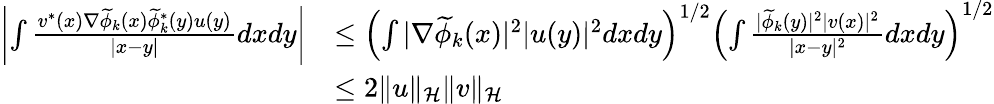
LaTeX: \begin{array}{rl}{\left|\int\frac{v^{*}(x)\nabla\widetilde{\phi}_{k}(x)\widetilde{\phi}_{k}^{*}(y)u(y)}{|x-y|}dxdy\right|}&{\leq\left(\int|\nabla\widetilde{\phi}_{k}(x)|^{2}|u(y)|^{2}dxdy\right)^{1/2}\left(\int\frac{|\widetilde{\phi}_{k}(y)|^{2}|v(x)|^{2}}{|x-y|^{2}}dxdy\right)^{1/2}}\\ &{\leq 2\| u\| _{\mathcal{H}}\| v\| _{\mathcal{H}}}\end{array}